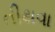
તીથવા